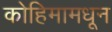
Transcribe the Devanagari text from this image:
कोहिमामधून